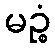
မဉ္စံ